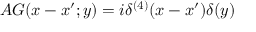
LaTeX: A { \cal G } ( x - x ^ { \prime } ; y ) = i \delta ^ { ( 4 ) } ( x - x ^ { \prime } ) \delta ( y )